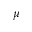
\mu